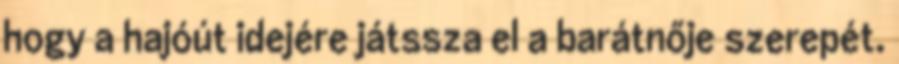
hogy a hajóút idejére játssza el a barátnője szerepét.